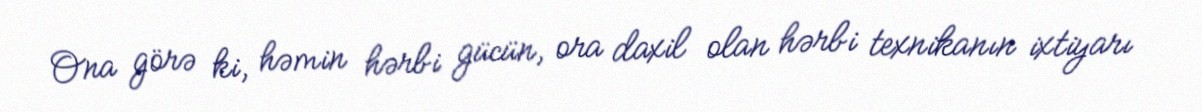
Ona görə ki, həmin hərbi gücün, ora daxil olan hərbi texnikanın ixtiyarı